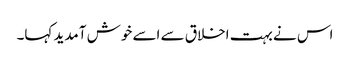
اس نے بہت اخلاق سے اسے خوش آمدید کہا۔